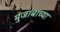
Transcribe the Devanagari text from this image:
मुंजाबाच्या